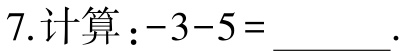
7.计算：\(-3 - 5 = \underline{\quad\quad}\).